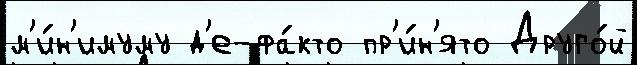
м'и́н'имуму д'е-фа́кто пр'и́н'ято Друго́й